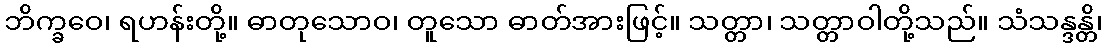
ဘိက္ခဝေ၊ ရဟန်းတို့။ ဓာတုသောဝ၊ တူသော ဓာတ်အားဖြင့်။ သတ္တာ၊ သတ္တာဝါတို့သည်။ သံသန္ဒန္တိ၊